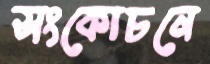
সংকোচনে